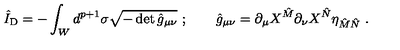
\hat { I } _ { \mathrm { D } } = - \int _ { W } d ^ { p + 1 } \sigma \sqrt { - \det { \hat { g } } _ { \mu \nu } } \ ; \qquad \hat { g } _ { \mu \nu } = \partial _ { \mu } X ^ { \hat { M } } \partial _ { \nu } X ^ { \hat { N } } \eta _ { \hat { M } \hat { N } } \ .